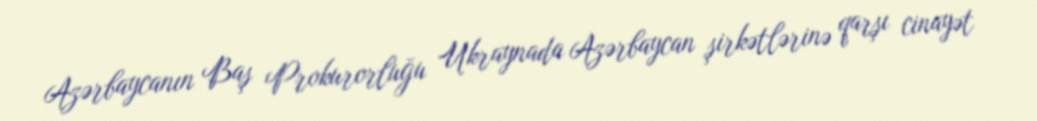
Azərbaycanın Baş Prokurorluğu Ukraynada Azərbaycan şirkətlərinə qarşı cinayət